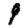
Digit: 9